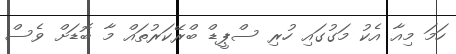
ހަމަ މިއާ އެކު މަގުގައި ހުރި ސްޕީޑް ބްރޭކަރުތައް މާ ބޮޑަށް ވެސް